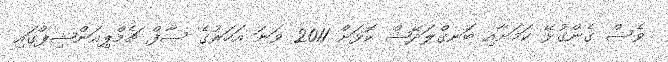
ވެސް ގެންގުޅޭ ކަމަށާއި ބަނގްލަދޭޝް ކޮޅަށް 2011 ވަނަ އަހަރުގެ ސާފް ޗެމްޕިއަންޝިޕްގައި